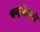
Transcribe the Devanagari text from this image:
चन्द्रशेखरां